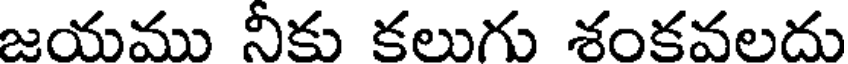
జయము నీకు కలుగు శంకవలదు